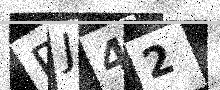
Text: PJ42